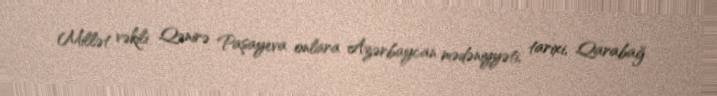
Millət vəkili Qənirə Paşayeva onlara Azərbaycan mədəniyyəti, tarixi, Qarabağ